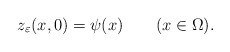
\begin{align*}z_\varepsilon(x,0)=\psi(x) \qquad(x\in \Omega).\end{align*}